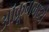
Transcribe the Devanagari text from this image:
ऑक्रूगमध्ये